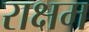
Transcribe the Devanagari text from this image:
राक्षम